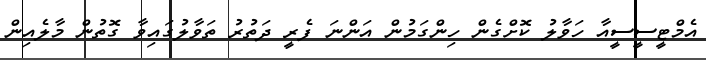
އެމްޓީސީސީއާ ހަވާލު ކޮށްގެން ހިންގަމުން އަންނަ ފެރީ ދަތުރު ތަވާލުގައިވާ ގޮތުން މާލެއިން